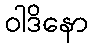
ဝါဒိနော